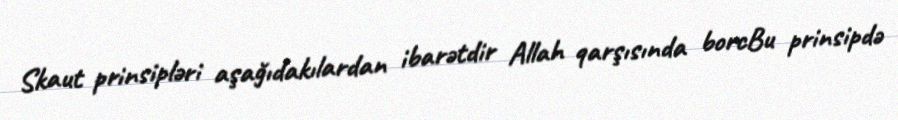
Skaut prinsipləri aşağıdakılardan ibarətdir Allah qarşısında borcBu prinsipdə